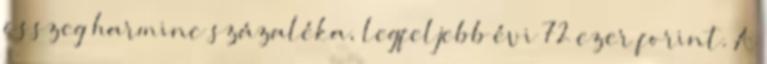
összeg harminc százaléka, legfeljebb évi 72 ezer forint. A